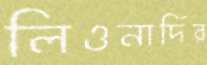
লিওনার্দির